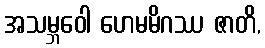
အသမ္ဘဝေါ ဟေမမိဂဿ ဇာတိ,